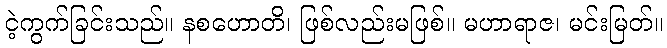
ငဲ့ကွက်ခြင်းသည်။ နစဟောတိ၊ ဖြစ်လည်းမဖြစ်။ မဟာရာဇ၊ မင်းမြတ်။